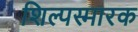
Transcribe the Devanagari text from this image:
शिल्पस्मारक